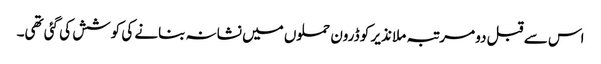
اس سے قبل دو مرتبہ ملا نذیر کو ڈرون حملوں میں نشانہ بنانے کی کوشش کی گئی تھی۔